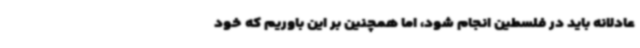
عادلانه باید در فلسطین انجام شود، اما همچنین بر این باوریم که خود